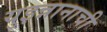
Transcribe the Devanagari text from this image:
युइन्नानाची